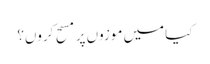
کیا میں موزوں پر مسح کروں؟